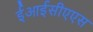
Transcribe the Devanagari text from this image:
ईआईसीएएस